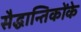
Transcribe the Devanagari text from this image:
सैद्धान्तिकोंके